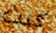
كنت